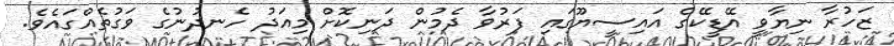
ޒަހުރާ ނިޔާވީ އޭޑީކޭގެ އައިސީޔޫގައި ފަރުވާ ދެމުން ދަނިކޮށް މިއަދު ހެނދުނުގެ ވަގުތެއްގައެވެ.